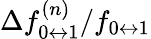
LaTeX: \Delta f_{0\leftrightarrow 1}^{(n)}/f_{0\leftrightarrow 1}